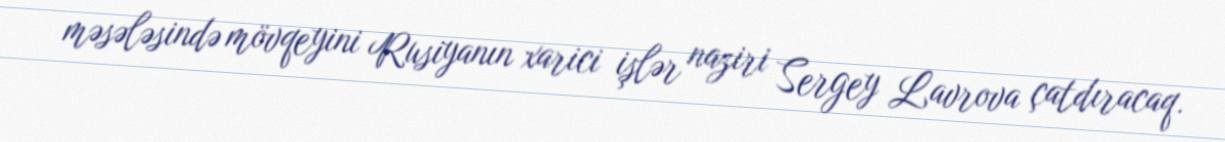
məsələsində mövqeyini Rusiyanın xarici işlər naziri Sergey Lavrova çatdıracaq.